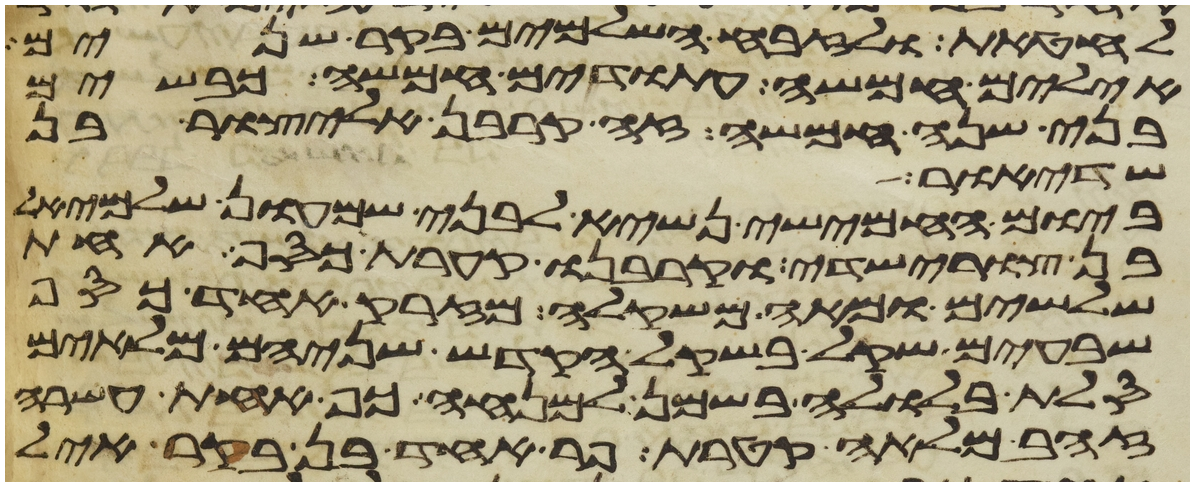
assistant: לחטאת ולזבח השלמים בקר שנים
אילים חמשה עתודים חמשה כבשים
בני שנה חמשה זה קרבן אליצור בן
שדיאור
ביום החמישי נשיא לבני שמעון שלמיאל
בן צורישדי וקרבנו קערת כסף אחת
שלשים ומאה משקלה מזרק אחד כסף
שבעים שקל בשקל הקדש שניהם מלאים
סלת בלולה בשמן למנחה כף אחת עשרה
זהב מלאה קטרת פר אחד בן בקר איל